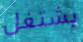
يشتغل